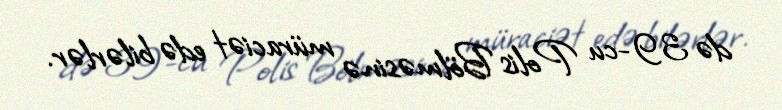
də 39-cu Polis Bölməsinə müraciət edə bilərlər.